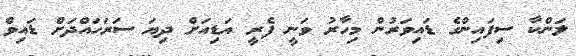
ލަންކާ ސިފައިންގެ ޑައިވަރުން މިހާރު ވަނީ ފެރީ އަޑިއަށް ދިޔަ ސަރަހައްދަށް ޑައިވް